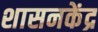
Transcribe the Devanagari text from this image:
शासनकेंद्र